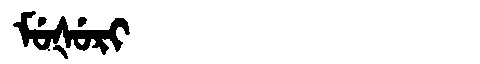
Manchu: ᠮᡠᡧᡠᡵᡳ
Romanization: MUŠURI